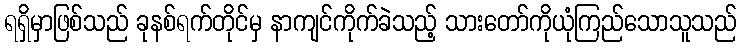
ရရှိမှာဖြစ်သည် ခုနစ်ရက်တိုင်မှ နာကျင်ကိုက်ခဲသည့် သားတော်ကိုယုံကြည်သောသူသည်